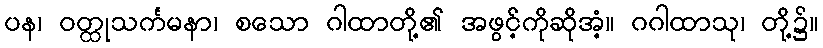
ပန၊ ဝတ္ထုသင်္ကမနာ၊ စသော ဂါထာတို့၏ အဖွင့်ကိုဆိုအံ့။ ဂဂါထာသု၊ တို့၌။